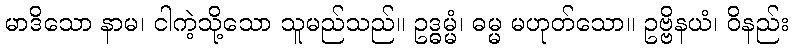
မာဒိသော နာမ၊ ငါကဲ့သို့သော သူမည်သည်။ ဥဒ္ဓမ္မံ၊ ဓမ္မ မဟုတ်သော။ ဥဗ္ဗိနယံ၊ ဝိနည်း